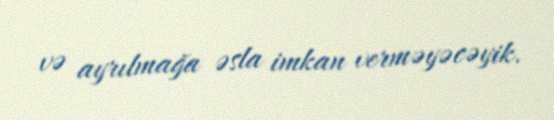
və ayrılmağa əsla imkan verməyəcəyik.